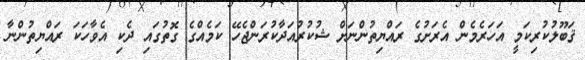
ޤަބޫލުކުރިކަމީ އަހަރެމެން އެރަށުގެ ރައްޔިތުންނަށް ޝުކުރުއަދާކުރަންޖެހޭ ކަމެއްގެ ގޮތުގައި ދެކި އެވާހަކަ ރައްޔިތުންނާ